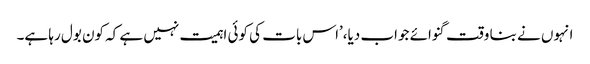
انہوں نے بنا وقت گنوائے جواب دیا،’اس بات کی کوئی اہمیت نہیں ہے کہ کون بول رہا ہے۔